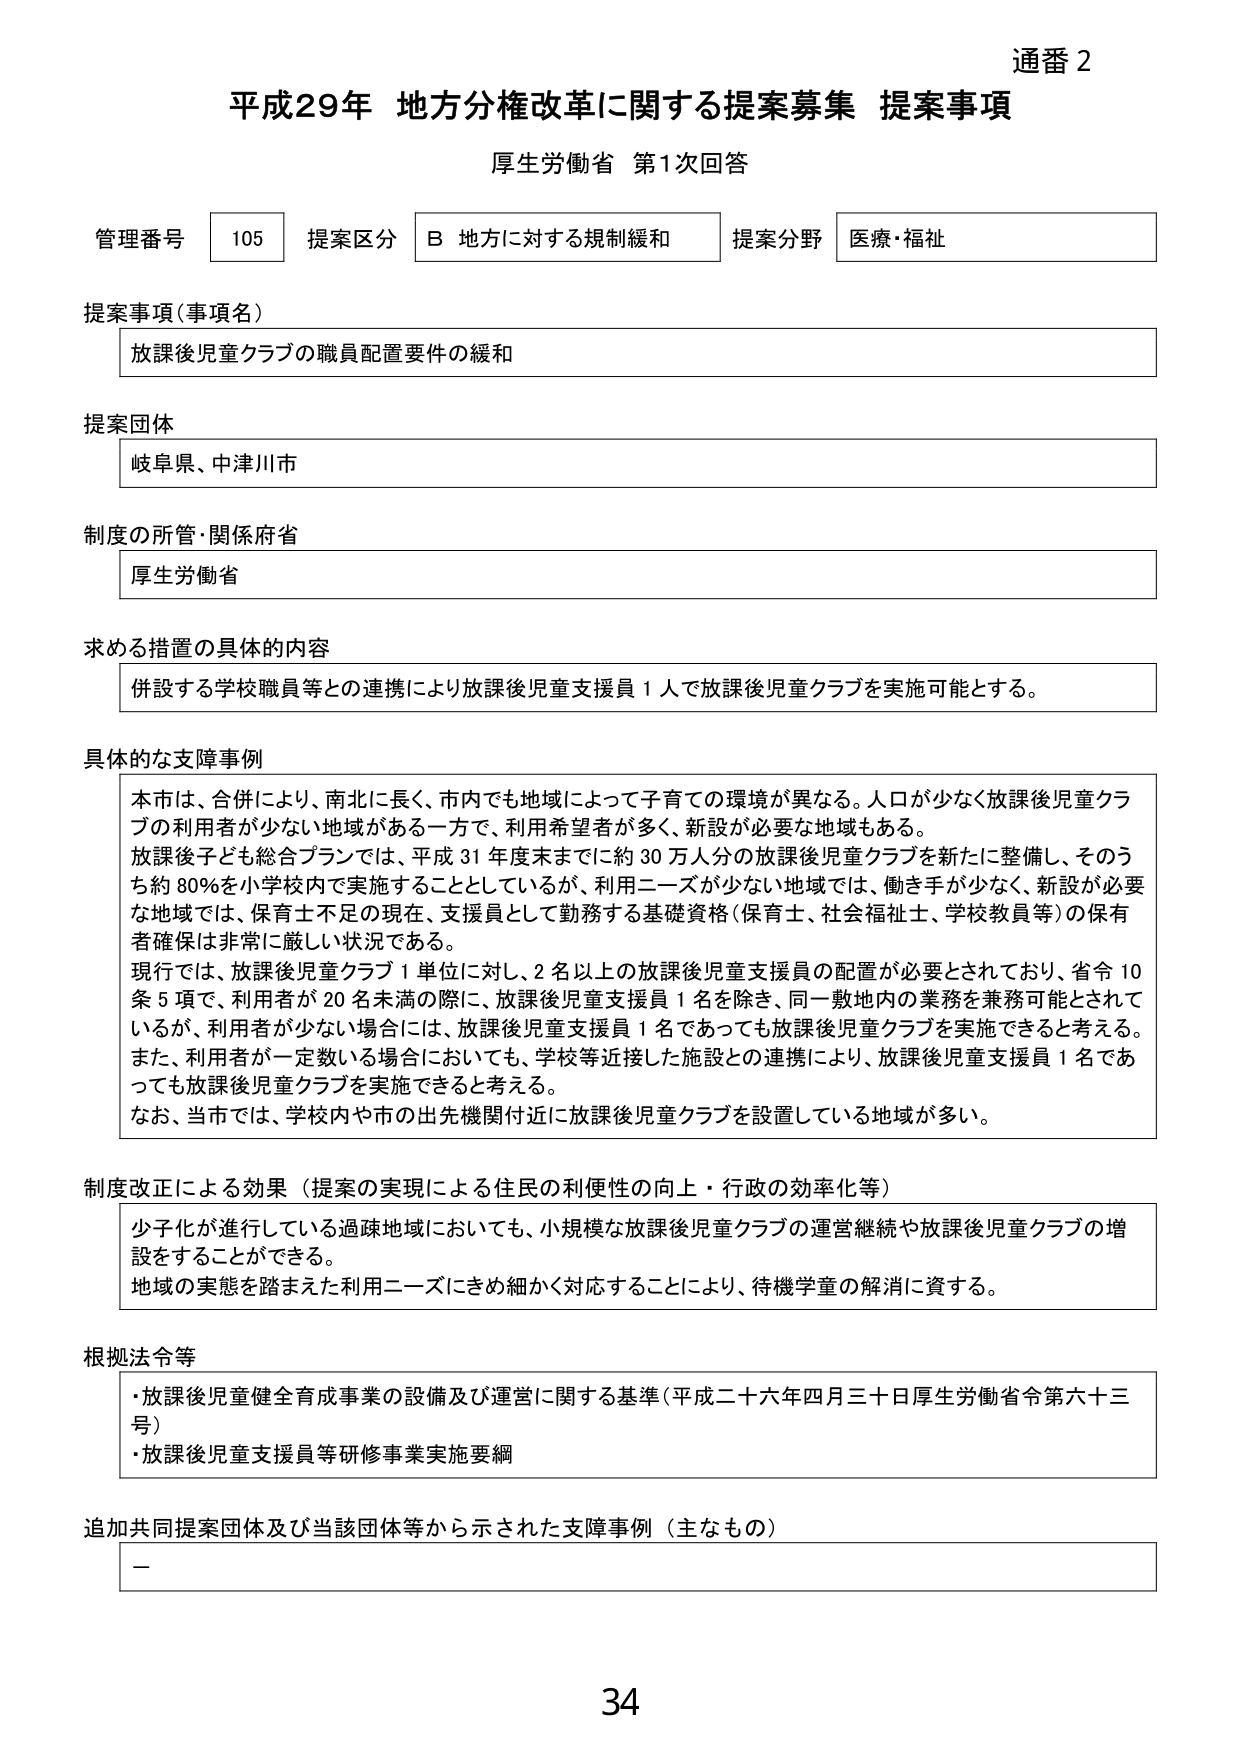
通番 2
平成29年 地方分権改革に関する提案募集 提案事項
厚生労働省 第1次回答

管理番号 105 提案区分 B 地方に対する規制緩和 提案分野 医療・福祉

提案事項（事項名）
放課後児童クラブの職員配置要件の緩和

提案団体
岐阜県、中津川市

制度の所管・関係府省
厚生労働省

求める措置の具体的内容
併設する学校職員等との連携により放課後児童支援員1人で放課後児童クラブを実施可能とする。

具体的な支障事例
本市は、合併により、南北に長く、市内でも地域によって子育ての環境が異なる。人口が少なく放課後児童クラブの利用者が少ない地域がある一方で、利用希望者が多く、新設が必要な地域もある。
放課後子ども総合プランでは、平成31年度末までに約30万人分の放課後児童クラブを新たに整備し、そのうち約80％を小学校内で実施することとしているが、利用ニーズが少ない地域では、働き手が少なく、新設が必要な地域では、保育士不足の現在、支援員として勤務する基礎資格（保育士、社会福祉士、学校教員等）の保有者確保は非常に厳しい状況である。
現行では、放課後児童クラブ1単位に対し、2名以上の放課後児童支援員の配置が必要とされており、省令10条5項で、利用者が20名未満の際に、放課後児童支援員1名を除き、同一敷地内の業務を兼務可能とされているが、利用者が少ない場合には、放課後児童支援員1名であっても放課後児童クラブを実施できると考える。また、利用者が一定数いる場合においても、学校等近接した施設との連携により、放課後児童支援員1名であっても放課後児童クラブを実施できると考える。
なお、当市では、学校内や市の出先機関付近に放課後児童クラブを設置している地域が多い。

制度改正による効果（提案の実現による住民の利便性の向上・行政の効率化等）
少子化が進行している過疎地域においても、小規模な放課後児童クラブの運営継続や放課後児童クラブの増設をすることができる。
地域の実態を踏まえた利用ニーズにきめ細かく対応することにより、待機学童の解消に資する。

根拠法令等
・放課後児童健全育成事業の設備及び運営に関する基準（平成二十六年四月三十日厚生労働省令第六十三号）
・放課後児童支援員等研修事業実施要綱

追加共同提案団体及び当該団体等から示された支障事例（主なもの）
－

34